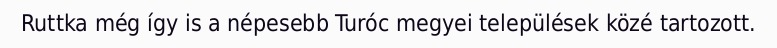
Ruttka még így is a népesebb Turóc megyei települések közé tartozott.